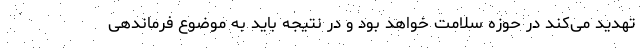
تهدید می‌کند در حوزه سلامت خواهد بود و در نتیجه باید به موضوع فرماندهی